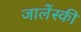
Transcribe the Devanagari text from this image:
जालेंस्की